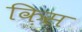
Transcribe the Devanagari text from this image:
क़िस